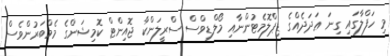
މި ހަފްލާގައި ގިނަ ޢަދަދެއްގެ ޑިޕްލޮމެޓުންނާއި މޯލްޑިވްސް ސްރީލަންކާ ޖޮއިންޓް ކޮމިޝަންގެ މެމްބަރުންވެސް